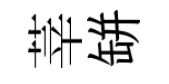
莘缾